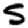
Digit: 5